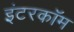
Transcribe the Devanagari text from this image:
इंटरकाॅम